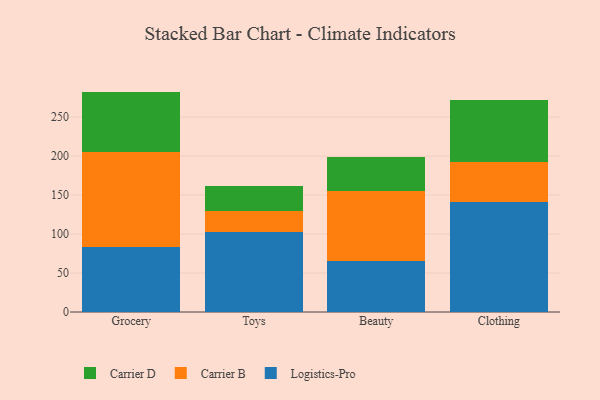
{"axis": {"x": "Category", "y": "Inventory Turnover"}, "legend": ["Carrier B", "Carrier D", "Logistics-Pro"], "data": [{"x": "Grocery", "y": 84.0, "type": "Logistics-Pro"}, {"x": "Grocery", "y": 120.8, "type": "Carrier B"}, {"x": "Grocery", "y": 77.9, "type": "Carrier D"}, {"x": "Toys", "y": 102.2, "type": "Logistics-Pro"}, {"x": "Toys", "y": 27.8, "type": "Carrier B"}, {"x": "Toys", "y": 31.0, "type": "Carrier D"}, {"x": "Beauty", "y": 65.1, "type": "Logistics-Pro"}, {"x": "Beauty", "y": 89.6, "type": "Carrier B"}, {"x": "Beauty", "y": 43.7, "type": "Carrier D"}, {"x": "Clothing", "y": 140.6, "type": "Logistics-Pro"}, {"x": "Clothing", "y": 51.4, "type": "Carrier B"}, {"x": "Clothing", "y": 80.3, "type": "Carrier D"}]}